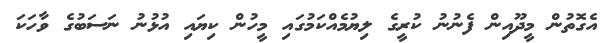
އެގޮތުން މީދޫއިން ފެނުނު ކުރީގެ ލިޔުމެއްކަމުގައި މީހުން ކިޔައި އުޅުނު ނަސަބުގެ ވާހަކަ